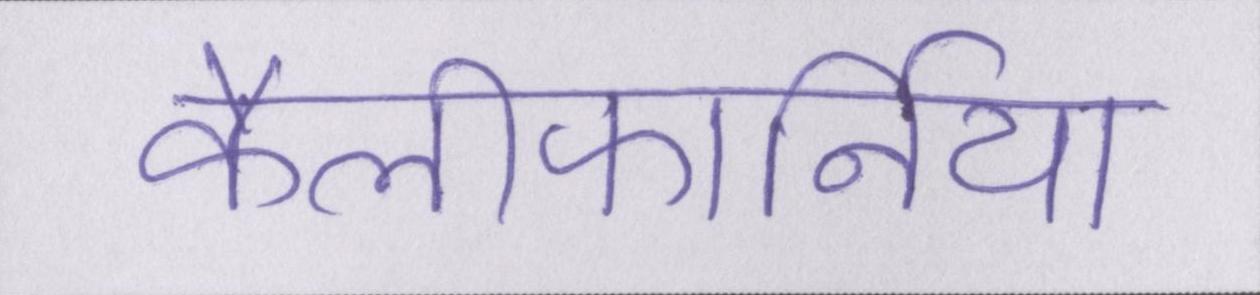
कैलीफोर्निया